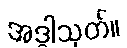
အဒ္ဓါသုတ်။